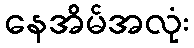
နေအိမ်အလုံး